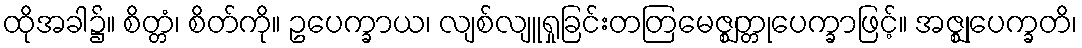
ထိုအခါ၌။ စိတ္တံ၊ စိတ်ကို။ ဥပေက္ခာယ၊ လျစ်လျူရှုခြင်းတတြမေဇ္ဈတ္တုပေက္ခာဖြင့်။ အဇ္ဈုပေက္ခတိ၊